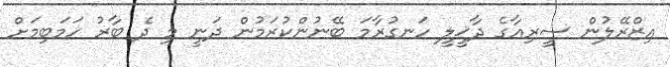
އިޒްރޭލުން ސީރިއާގެ ދާޚީލީ ހަނގުރާމަ ބޭނުންކުރަމުން ދަނީ މި ދެ ބާރު ހަމަބިމަށް